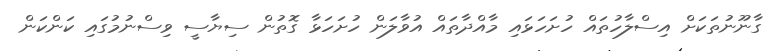
ގާނޫނުތަކަށް އިސްލާހުތައް ހުށަހަޅައި މާއްދާތައް އުވާލަން ހުށަހަޅާ ގޮތުން ސިޔާސީ ވިސްނުމުގައި ކަންކަން